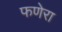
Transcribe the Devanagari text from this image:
फणेरा